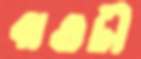
বাগুচী